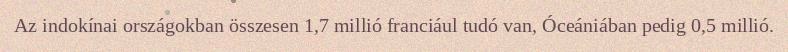
Az indokínai országokban összesen 1,7 millió franciául tudó van, Óceániában pedig 0,5 millió.